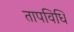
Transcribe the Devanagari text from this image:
तापविधि